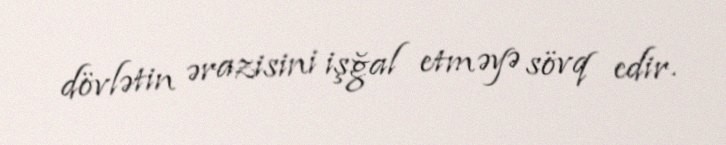
dövlətin ərazisini işğal etməyə sövq edir.